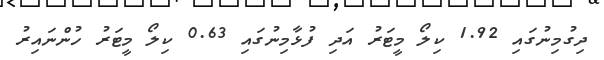
ދިގުމިނުގައި 1.92 ކިލޯ މީޓަރު އަދި ފުޅާމިނުގައި 0.63 ކިލޯ މީޓަރު ހުންނައިރު